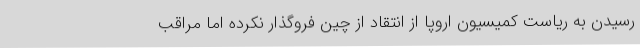
رسیدن به ریاست کمیسیون اروپا از انتقاد از چین فروگذار نکرده اما مراقب